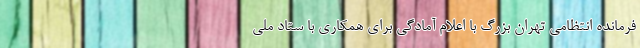
فرمانده انتظامی تهران بزرگ با اعلام آمادگی برای همکاری با ستاد ملی